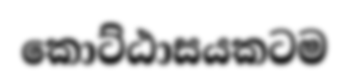
කොට්ඨාසයකටම